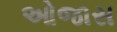
ઓજાસ